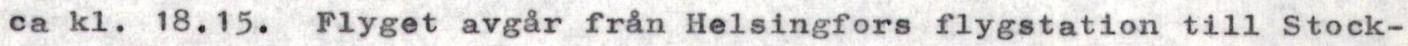
ca kl. 18.15. Flyget avgår från Helsingfors flygstation till Stock-